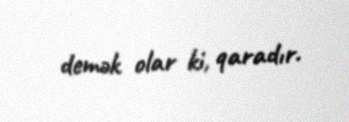
demək olar ki, qaradır.